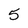
Character: 5